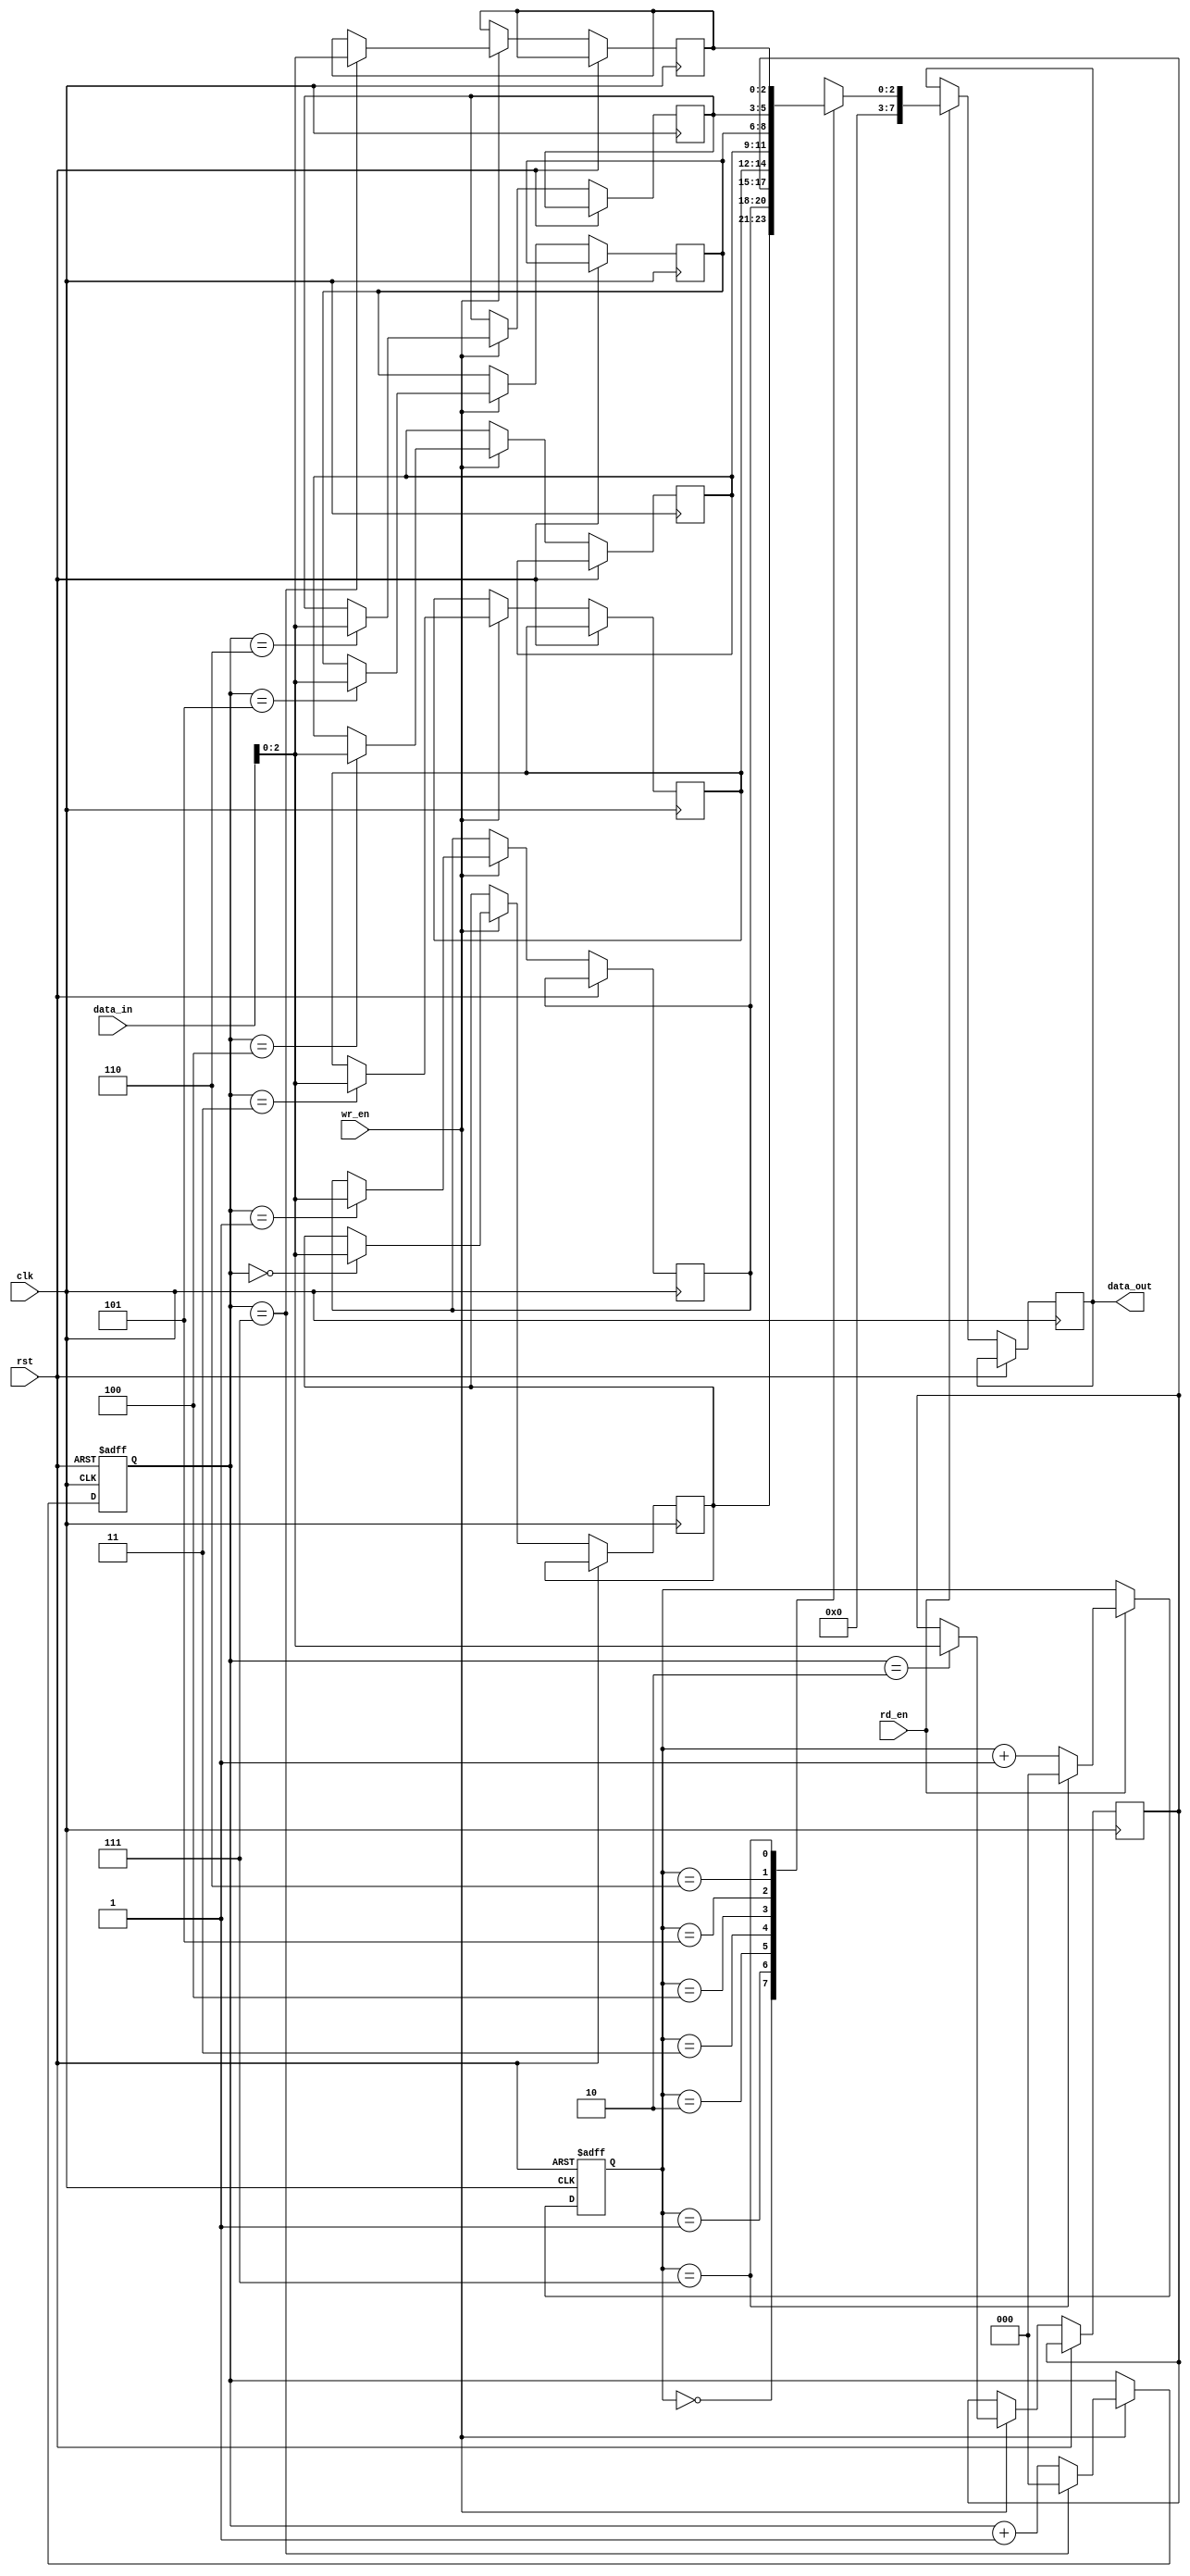
module FIFO (
  input wire clk,
  input wire rst,
  input wire wr_en,
  input wire rd_en,
  input wire [7:0] data_in,
  output wire [7:0] data_out
);

parameter NUM_BITS = 3; // number of bits in each storage location
parameter DEPTH = 8; // depth of the FIFO

reg [NUM_BITS-1:0] memory [0:DEPTH-1];
reg [2:0] write_ptr, read_ptr;

always @ (posedge clk or posedge rst) begin
  if (rst) begin
    write_ptr <= 3'b0;
    read_ptr <= 3'b0;
  end else begin
    if (wr_en) begin
      memory[write_ptr] <= data_in;
      if (write_ptr == DEPTH-1)
        write_ptr <= 3'b0;
      else
        write_ptr <= write_ptr + 3'b1;
    end
    if (rd_en) begin
      data_out <= memory[read_ptr];
      if (read_ptr == DEPTH-1)
        read_ptr <= 3'b0;
      else
        read_ptr <= read_ptr + 3'b1;
    end
  end
end

endmodule